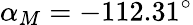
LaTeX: \alpha_{M}=-112.31^{\circ}